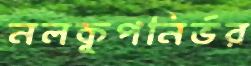
নলকূপনির্ভর